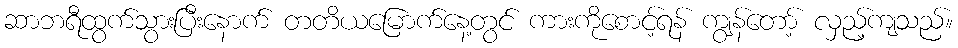
ဆာဘရီထွက်သွားပြီးနောက် တတိယမြောက်နေ့တွင် ကားကိုစောင့်ရန် ကျွန်တော့် လှည့်ကျသည်။